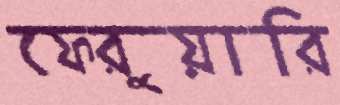
ফেরুয়ারি